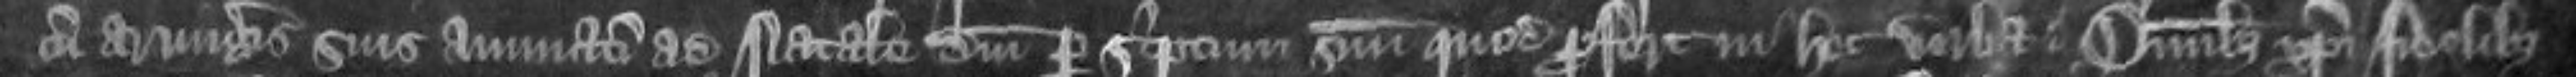
cum armigeris suis annuatim ad Natale Domini per scriptum suum quod profert in hec verba: Omnibus Christi fidelibus